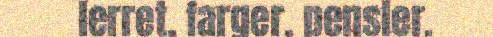
lerret, farger, pensler.